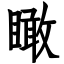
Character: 瞰